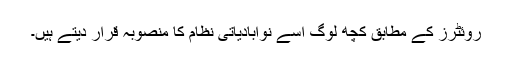
روئٹرز کے مطابق کچھ لوگ اسے نوآبادیاتی نظام کا منصوبہ قرار دیتے ہیں۔